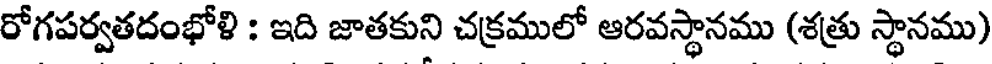
రోగపర్వతదంభోళి : ఇది జాతకుని చక్రములో ఆరవస్థానము (శత్రు స్థానము)